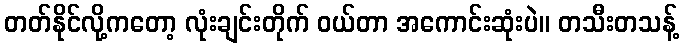
တတ်နိုင်လို့ကတော့ လုံးချင်းတိုက် ဝယ်တာ အကောင်းဆုံးပဲ။ တသီးတသန့်